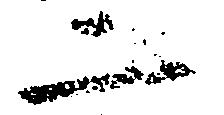
二